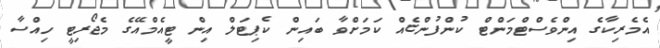
އެމެރިކާގެ އިންވެސްޓްމަންޓް ކުންފުންޏެއް ކަމަށްވާ ބައިން ކެޕިޓަލް އިން ޓީއެމްއޭގެ މެޖޯރިޓީ ހިއްސާ